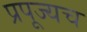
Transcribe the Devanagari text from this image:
प्रपूज्यच